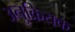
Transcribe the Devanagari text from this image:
अनुक्रियक